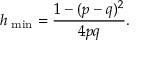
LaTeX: h _ { \mathrm { \scriptsize ~ m i n } } = \frac { 1 - ( p - q ) ^ { 2 } } { 4 p q } .